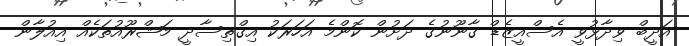
އަދީބް ވިދާޅުވީ އެސްއީޒެޑް ގާނޫނުގެ ދަށުން ކޮންމެ އަހަރަކު އިގްތިސާދީ މަޝްރޫއުތަކެއް އިއުލާން